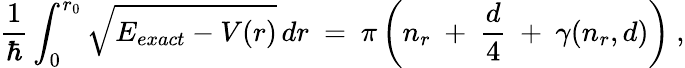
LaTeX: \frac{1}{\hbar}\int_{0}^{r_{0}}\sqrt{E_{exact}-V(r)}\, dr\ =\ \pi\left(n_{r}\ +\ \frac{d}{4}\ +\ \gamma(n_{r},d)\right)\ ,